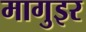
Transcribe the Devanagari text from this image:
मागुइर